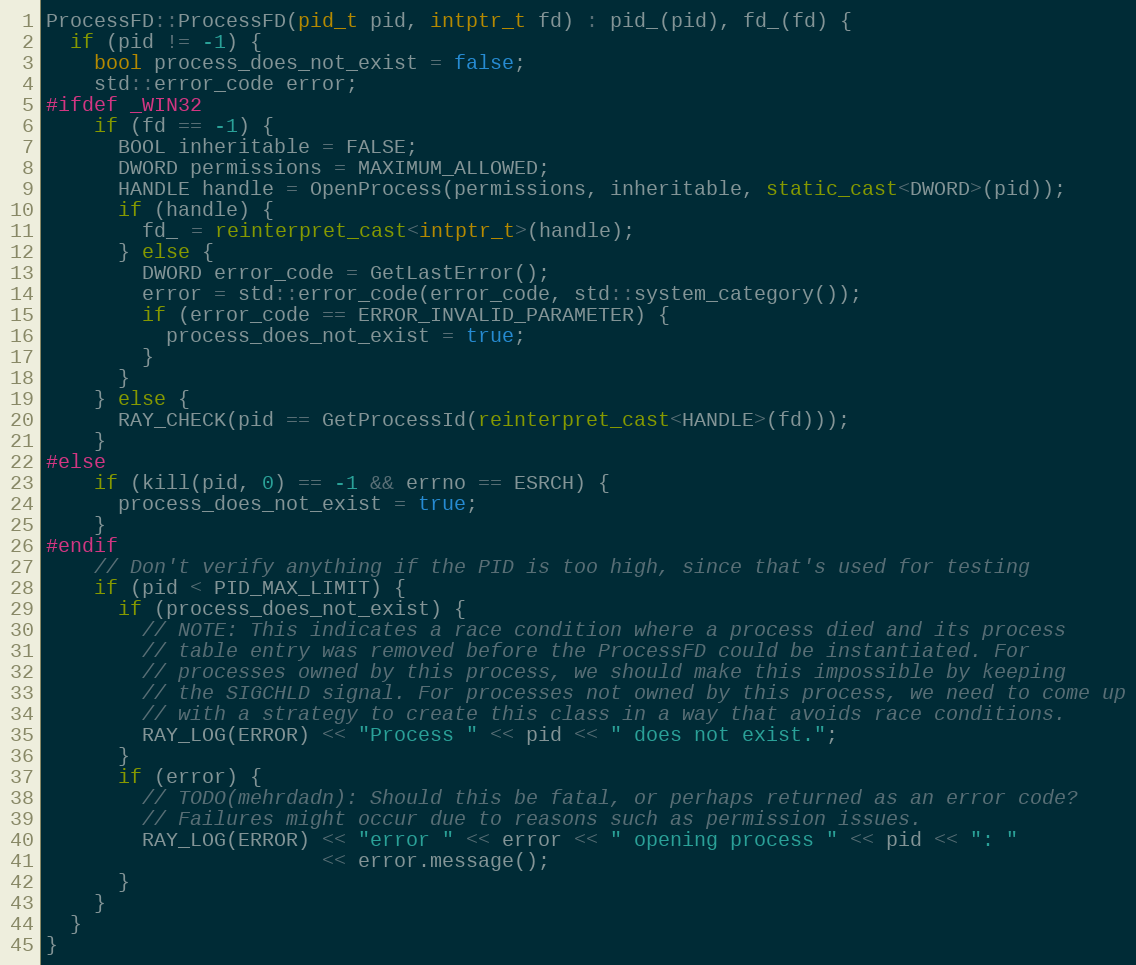
Language: C++
ProcessFD::ProcessFD(pid_t pid, intptr_t fd) : pid_(pid), fd_(fd) {
  if (pid != -1) {
    bool process_does_not_exist = false;
    std::error_code error;
#ifdef _WIN32
    if (fd == -1) {
      BOOL inheritable = FALSE;
      DWORD permissions = MAXIMUM_ALLOWED;
      HANDLE handle = OpenProcess(permissions, inheritable, static_cast<DWORD>(pid));
      if (handle) {
        fd_ = reinterpret_cast<intptr_t>(handle);
      } else {
        DWORD error_code = GetLastError();
        error = std::error_code(error_code, std::system_category());
        if (error_code == ERROR_INVALID_PARAMETER) {
          process_does_not_exist = true;
        }
      }
    } else {
      RAY_CHECK(pid == GetProcessId(reinterpret_cast<HANDLE>(fd)));
    }
#else
    if (kill(pid, 0) == -1 && errno == ESRCH) {
      process_does_not_exist = true;
    }
#endif
    // Don't verify anything if the PID is too high, since that's used for testing
    if (pid < PID_MAX_LIMIT) {
      if (process_does_not_exist) {
        // NOTE: This indicates a race condition where a process died and its process
        // table entry was removed before the ProcessFD could be instantiated. For
        // processes owned by this process, we should make this impossible by keeping
        // the SIGCHLD signal. For processes not owned by this process, we need to come up
        // with a strategy to create this class in a way that avoids race conditions.
        RAY_LOG(ERROR) << "Process " << pid << " does not exist.";
      }
      if (error) {
        // TODO(mehrdadn): Should this be fatal, or perhaps returned as an error code?
        // Failures might occur due to reasons such as permission issues.
        RAY_LOG(ERROR) << "error " << error << " opening process " << pid << ": "
                       << error.message();
      }
    }
  }
}